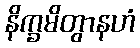
နိက္ခမိတွာနဟံ